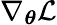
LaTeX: \nabla_{\boldsymbol{\theta}}\mathcal{L}